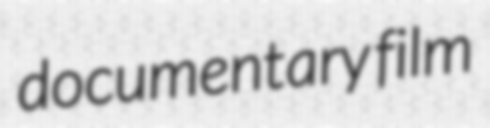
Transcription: documentary film